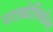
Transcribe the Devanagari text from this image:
पराकोशिकीय